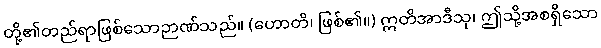
တို့၏တည်ရာဖြစ်သောဉာဏ်သည်။ (ဟောတိ၊ ဖြစ်၏။) ဣတိအာဒီသု၊ ဤသို့အစရှိသော